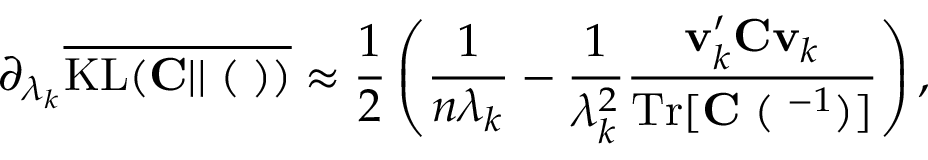
\partial _ { \lambda _ { k } } \overline { { \mathrm { K L } ( { \bf C } | | { \bf \Xi } ( { \bf \Lambda } ) ) } } \approx \frac { 1 } { 2 } \left( \frac { 1 } { n \lambda _ { k } } - \frac { 1 } { \lambda _ { k } ^ { 2 } } \frac { { \bf v } _ { k } ^ { \prime } { \bf C } { \bf v } _ { k } } { \mathrm { T r } [ { \bf C \Xi } ( { \bf \Lambda } ^ { - 1 } ) ] } \right) ,